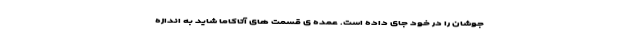
جوشان را در خود جای داده است. عمده ی قسمت های آتاکاما شاید به اندازه